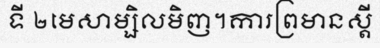
ទី ២មេសាម្សិលមិញ។ការព្រមានស្តី